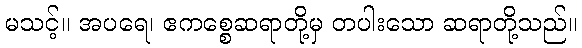
မသင့်။ အပရေ၊ ဧကစ္စေဆရာတို့မှ တပါးသော ဆရာတို့သည်။